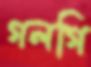
গলগি